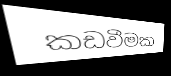
කඩවීමක